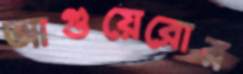
আগুয়েরোর